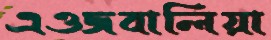
এওজবালিয়া